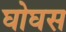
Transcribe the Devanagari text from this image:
घोघस